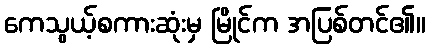
ကေသွယ့်စကားဆုံးမှ မြိုင်က အပြစ်တင်၏။